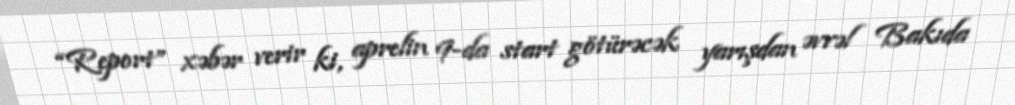
“Report” xəbər verir ki, aprelin 9-da start götürəcək yarışdan əvvəl Bakıda